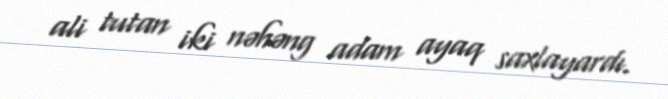
ali tutan iki nəhəng adam ayaq saxlayardı.